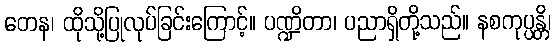
တေန၊ ထိုသို့ပြုလုပ်ခြင်းကြောင့်။ ပဏ္ဍိတာ၊ ပညာရှိတို့သည်။ နစကုပ္ပန္တိ၊